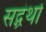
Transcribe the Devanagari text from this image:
सद्ग्रंथों